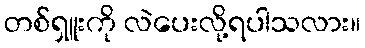
တစ်ရှူးကို လဲပေးလို့ရပါသလား။